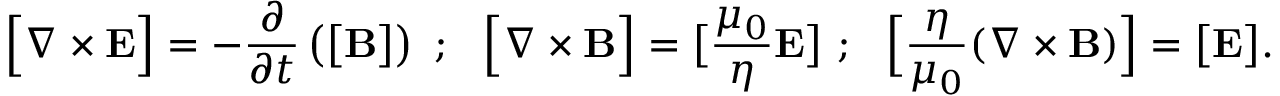
{ \Big [ } \nabla \times { \mathbf E } { \Big ] } = - \frac { \partial } { \partial t } \left( { \big [ } { \mathbf B } { \big ] } \right) ~ ; ~ ~ { \Big [ } \nabla \times { \mathbf B } { \Big ] } = { \big [ } \frac { \mu _ { 0 } } { \eta } { \mathbf E } { \big ] } ~ ; ~ ~ { \Big [ } \frac { \eta } { \mu _ { 0 } } ( \nabla \times { \mathbf B } ) { \Big ] } = { \big [ } { \mathbf E } { \big ] } .